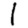
Digit: 1